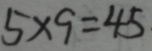
5 \times 9 = 4 5